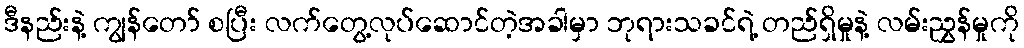
ဒီနည်းနဲ့ ကျွန်တော် စပြီး လက်တွေ့လုပ်ဆောင်တဲ့အခါမှာ ဘုရားသခင်ရဲ့ တည်ရှိမှုနဲ့ လမ်းညွှန်မှုကို